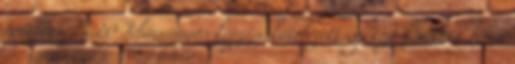
törölhető. x 20 Időarányos képzési kötelezettség Ezt követően lehet